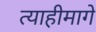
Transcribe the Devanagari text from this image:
त्याहीमागे